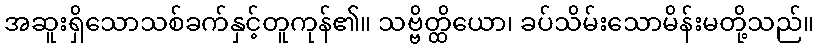
အဆူးရှိသောသစ်ခက်နှင့်တူကုန်၏။ သဗ္ဗိတ္ထိယော၊ ခပ်သိမ်းသောမိန်းမတို့သည်။